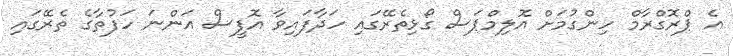
އެ ޕްރޮގްރާމް ހިންގުމަށް އޮލިމްޕަސް ގޯޅިތެރޭގައި ހަދާފައިވާ އޮފީސް އަންނަ ހަފުތާގެ ތެރޭގައި